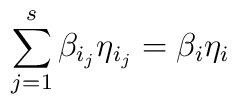
\sum\limits_{j=1}^s\beta _{i_j}\eta _{i_j}=\beta _i\eta _i